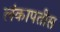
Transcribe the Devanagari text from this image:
लंकापतीस